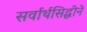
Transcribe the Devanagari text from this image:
सर्वार्थसिद्धीने